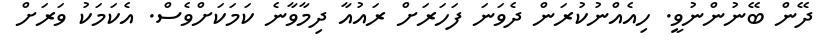
ދޭން ބޭނުންނުވީ. ހިއެއްނުކުރަން ދެވަނަ ފަހަރަށް ރައުއާ ދިމާވާނެ ކަމަކަށްވެސް. އެކަމަކު ވަރަށް